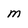
Character: m